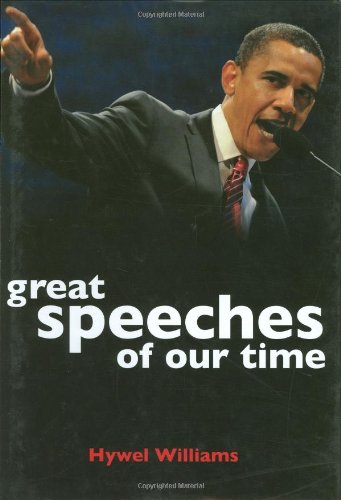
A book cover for Great Speeches of our Time; Hywel Williams; Literature & Fiction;